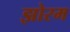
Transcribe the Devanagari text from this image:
झोरम